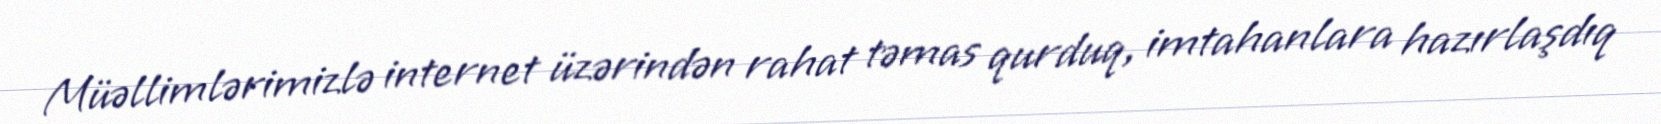
Müəllimlərimizlə internet üzərindən rahat təmas qurduq, imtahanlara hazırlaşdıq